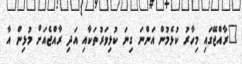
"ރާއްޖޭގައި މިހާރު ކުޅެމުން އަންނަ ގިނަ ކުޅިވަރުތަކާއި އަދި ރާއްޖެއަށް މުޅިން އާ